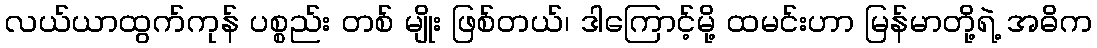
လယ်ယာထွက်ကုန် ပစ္စည်း တစ် မျိုး ဖြစ်တယ်၊ ဒါကြောင့်မို့ ထမင်းဟာ မြန်မာတို့ရဲ့ အဓိက